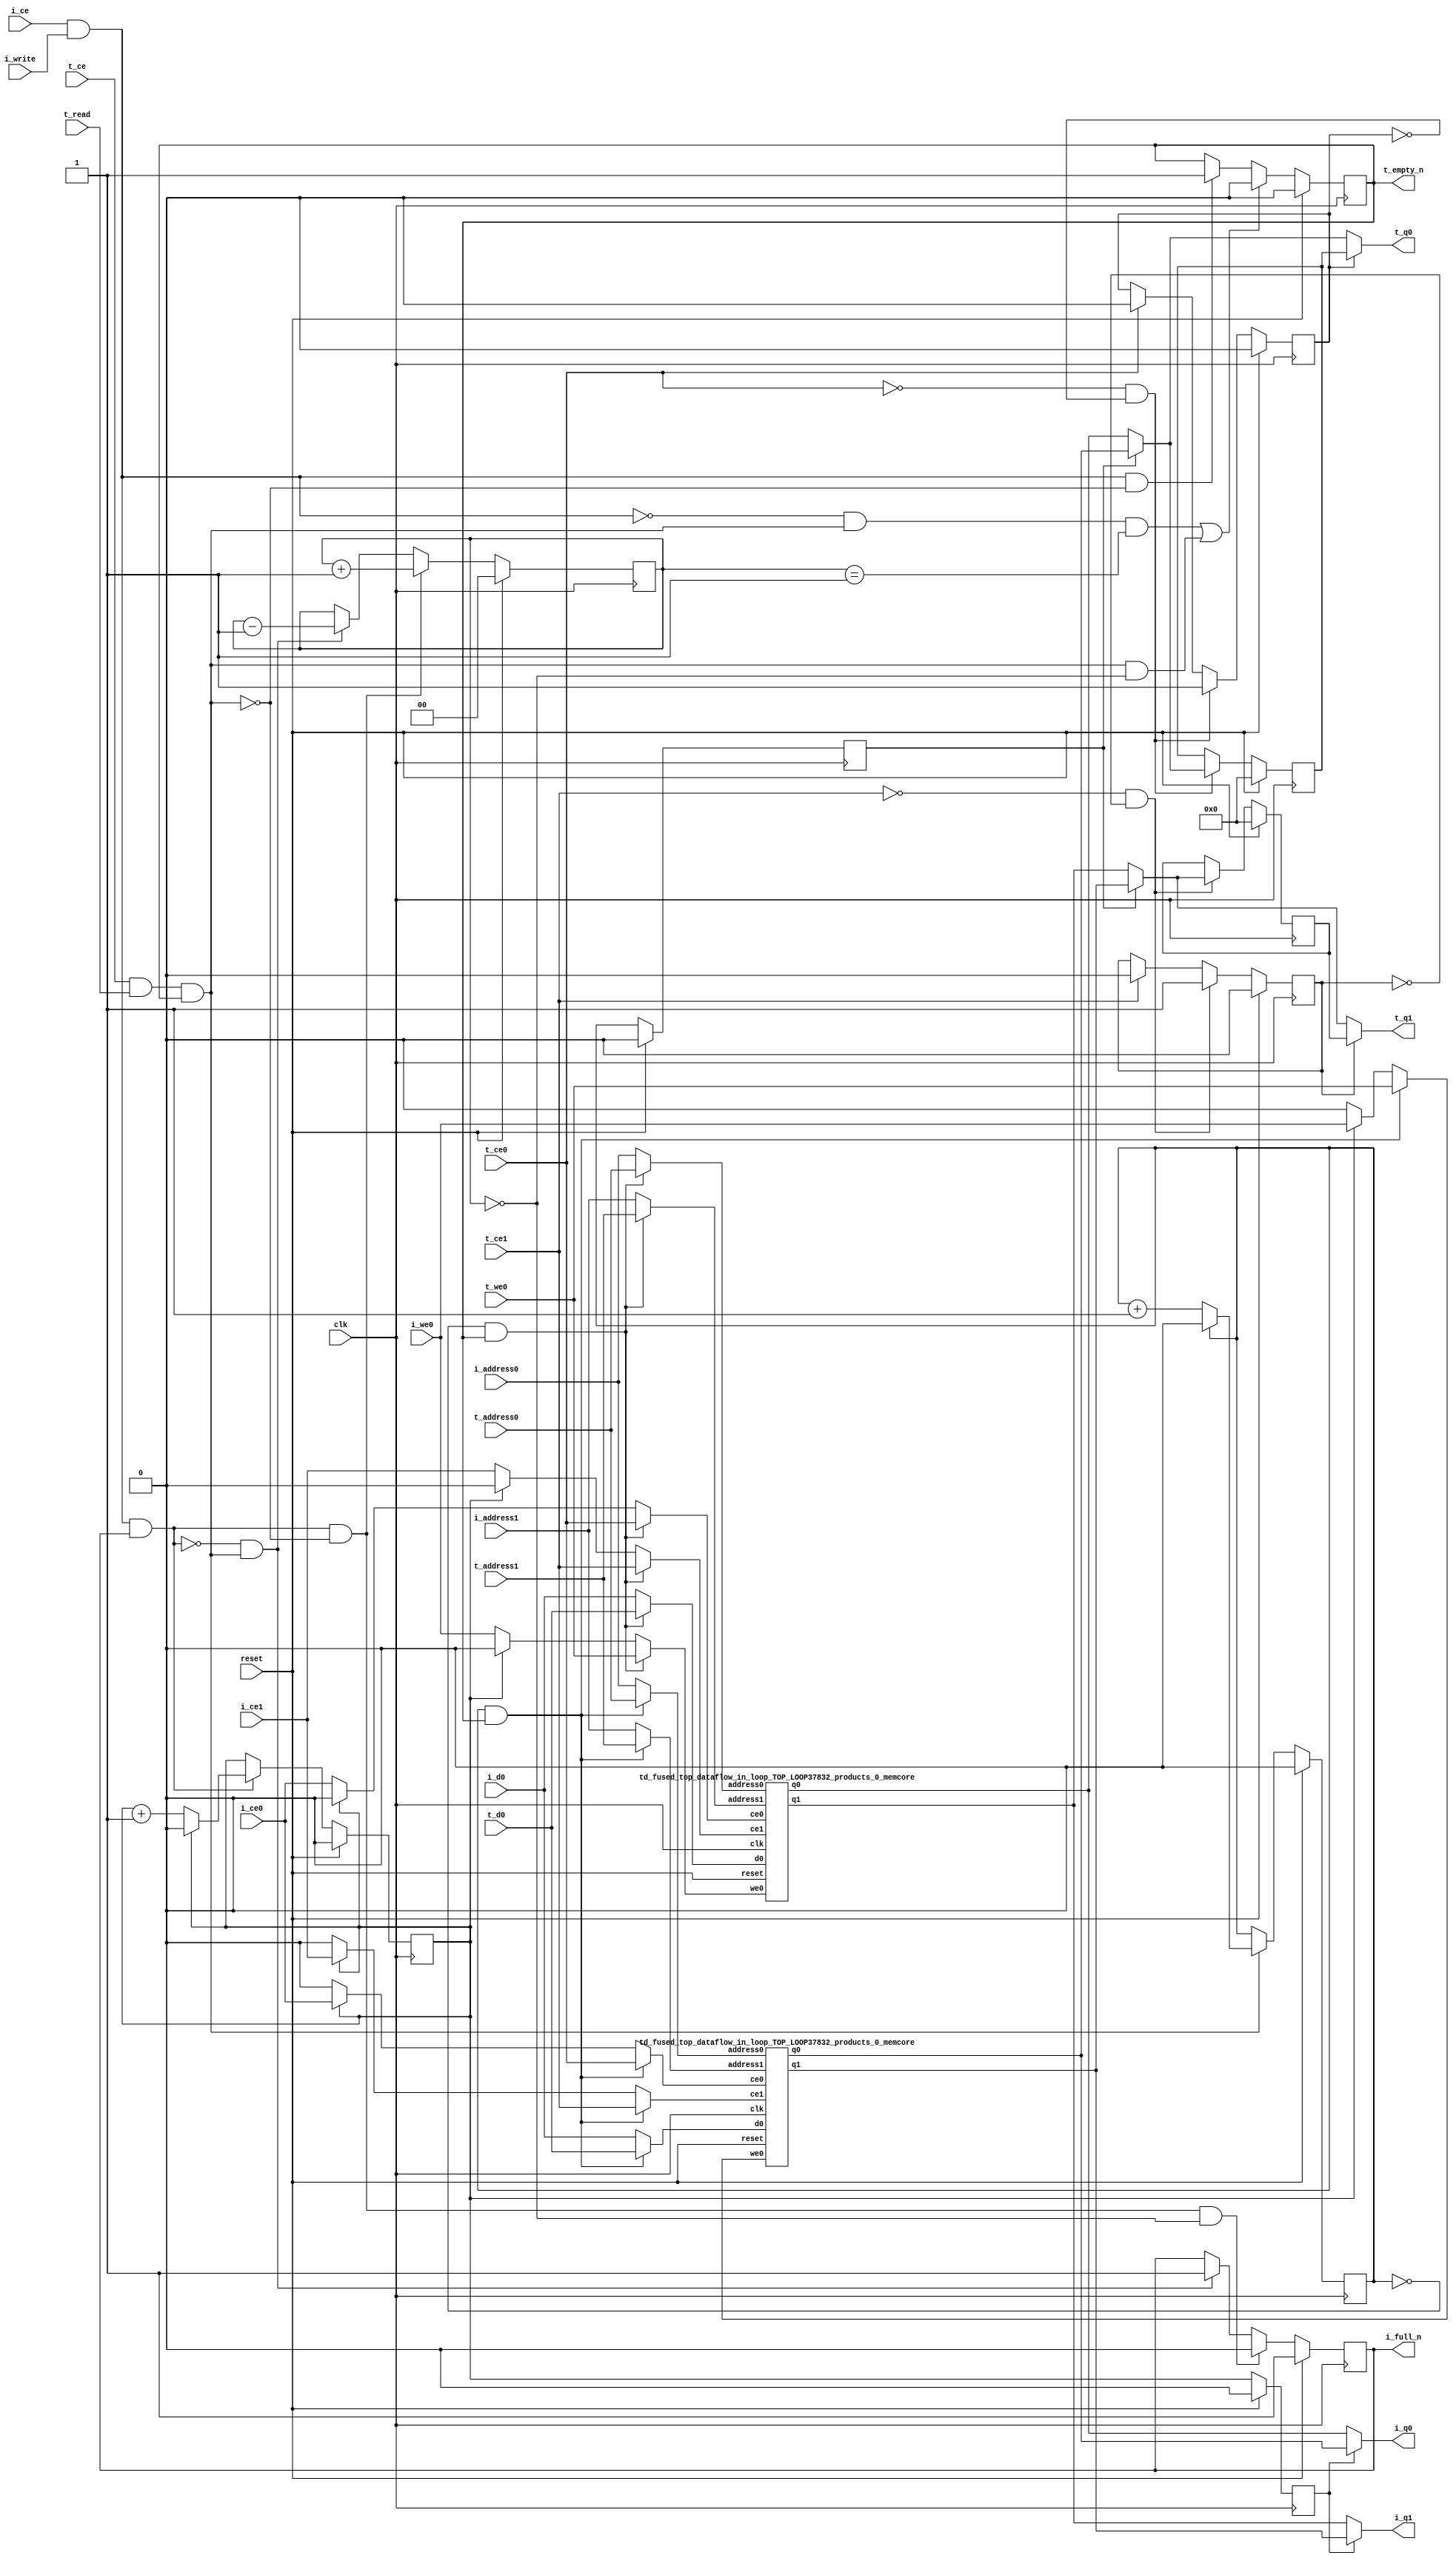
`define EXPONENT 5
`define MANTISSA 10
`define ACTUAL_MANTISSA 11
`define EXPONENT_LSB 10
`define EXPONENT_MSB 14
`define MANTISSA_LSB 0
`define MANTISSA_MSB 9
`define MANTISSA_MUL_SPLIT_LSB 3
`define MANTISSA_MUL_SPLIT_MSB 9
`define SIGN 1
`define SIGN_LOC 15
`define DWIDTH (`SIGN+`EXPONENT+`MANTISSA)
`define IEEE_COMPLIANCE 1

module td_fused_top_dataflow_in_loop_TOP_LOOP37832_products_0
#(parameter
    DataWidth    = 16,
    AddressRange = 32,
    AddressWidth = 8,
    BufferCount  = 2,
    MemLatency   = 1,
    IndexWidth   = 1
) (
    // system signals
    input  wire                    clk,
    input  wire                    reset,
    // initiator
    input  wire                    i_ce,
    input  wire                    i_write,
    output wire                    i_full_n,
    input  wire                    i_ce0,
    input  wire                    i_we0,
    input  wire [AddressWidth-1:0] i_address0,
    input  wire [DataWidth-1:0]    i_d0,
    output wire [DataWidth-1:0]    i_q0,
    input  wire                    i_ce1,
    input  wire [AddressWidth-1:0] i_address1,
    output wire [DataWidth-1:0]    i_q1,
    // target
    input  wire                    t_ce,
    input  wire                    t_read,
    output wire                    t_empty_n,
    input  wire                    t_ce0,
    input  wire                    t_we0,
    input  wire [AddressWidth-1:0] t_address0,
    input  wire [DataWidth-1:0]    t_d0,
    output wire [DataWidth-1:0]    t_q0,
    input  wire                    t_ce1,
    input  wire [AddressWidth-1:0] t_address1,
    output wire [DataWidth-1:0]    t_q1
);
//------------------------Local signal-------------------
// control/status
reg  [IndexWidth-1:0]   iptr    = 1'b0; // initiator index
reg  [IndexWidth-1:0]   tptr    = 1'b0; // target index
reg  [IndexWidth-1:0]   prev_iptr    = 1'b0; // previous initiator index
reg  [IndexWidth-1:0]   prev_tptr    = 1'b0; // previous target index
reg  [DataWidth-1:0]    reg_q0      = 1'b0; // buffer used if reader is stalled
reg                     reg_valid0    = 1'b0; // buffer has valid data
reg  [DataWidth-1:0]    reg_q1      = 1'b0; // buffer used if reader is stalled
reg                     reg_valid1    = 1'b0; // buffer has valid data
reg  [IndexWidth:0]     count   = 1'b0; // count of written buffers
reg                     full_n  = 1'b1; // whether all buffers are written
reg                     empty_n = 1'b0; // whether none of the buffers is written
wire                    push_buf;       // finish writing a buffer
wire                    write_buf;      // write a buffer
wire                    pop_buf;        // finish reading a buffer
// buffer signals
wire [BufferCount-1:0] buf_ce0;
wire [BufferCount-1:0] buf_we0;
wire [AddressWidth-1:0] buf_a0_0, buf_a0_1;
wire [DataWidth-1:0] buf_d0_0, buf_d0_1;
wire [DataWidth-1:0] buf_q0_0, buf_q0_1;
wire [BufferCount-1:0] buf_ce1;
wire [AddressWidth-1:0] buf_a1_0, buf_a1_1;
wire [DataWidth-1:0] buf_q1_0, buf_q1_1;
//------------------------Instantiation------------------
//genvar i;
        td_fused_top_dataflow_in_loop_TOP_LOOP37832_products_0_memcore td_fused_top_dataflow_in_loop_TOP_LOOP37832_products_0_memcore_U_0 (
            .reset    ( reset ),
            .clk      ( clk ),
            .address0 ( buf_a0_0 ),
            .ce0      ( buf_ce0[ 0 ] ),
            .we0      ( buf_we0[ 0 ] ),
            .d0       ( buf_d0_0 ),
            .q0       ( buf_q0_0 ),
            .address1 ( buf_a1_0 ),
            .ce1      ( buf_ce1[ 0 ] ),
            .q1       ( buf_q1_0 )
        );
        td_fused_top_dataflow_in_loop_TOP_LOOP37832_products_0_memcore td_fused_top_dataflow_in_loop_TOP_LOOP37832_products_0_memcore_U_1 (
            .reset    ( reset ),
            .clk      ( clk ),
            .address0 ( buf_a0_1 ),
            .ce0      ( buf_ce0[ 1 ] ),
            .we0      ( buf_we0[ 1 ] ),
            .d0       ( buf_d0_1 ),
            .q0       ( buf_q0_1 ),
            .address1 ( buf_a1_1 ),
            .ce1      ( buf_ce1[ 1 ] ),
            .q1       ( buf_q1_1 )
        );

//++++++++++++++++++++++++buffer signals+++++++++++++++++
        assign buf_ce0[ 0 ] = (tptr ==  0  && empty_n) ? t_ce0
                             : (iptr ==  0 ) ? i_ce0 : 1'b0;
        assign buf_a0_0  = (tptr ==  0  && empty_n) ?  t_address0 : i_address0;
        assign buf_we0[ 0 ] = (tptr ==  0  && empty_n)  ? t_we0
                             : (iptr ==  0 ) ? i_we0 : 1'b0;
        assign buf_d0_0  = (tptr ==  0  && empty_n) ? t_d0       : i_d0;
        assign buf_ce1[ 0 ] = (tptr ==  0  && empty_n) ? t_ce1
                             : (iptr ==  0 ) ? i_ce1 : 1'b0;
        assign buf_a1_0  = (tptr ==  0  && empty_n) ?  t_address1 : i_address1;
        assign buf_ce0[ 1 ] = (tptr ==  1  && empty_n) ? t_ce0
                             : (iptr ==  1 ) ? i_ce0 : 1'b0;
        assign buf_a0_1  = (tptr ==  1  && empty_n) ?  t_address0 : i_address0;
        assign buf_we0[ 1 ] = (tptr ==  1  && empty_n)  ? t_we0
                             : (iptr ==  1 ) ? i_we0 : 1'b0;
        assign buf_d0_1  = (tptr ==  1  && empty_n) ? t_d0       : i_d0;
        assign buf_ce1[ 1 ] = (tptr ==  1  && empty_n) ? t_ce1
                             : (iptr ==  1 ) ? i_ce1 : 1'b0;
        assign buf_a1_1  = (tptr ==  1  && empty_n) ?  t_address1 : i_address1;
//+++++++++++++++++++++++++++++++++++++++++++++++++++++++

//------------------------Body---------------------------
assign i_q0      = (prev_iptr == 1'b1 ? buf_q0_1 : buf_q0_0);
assign t_q0      = reg_valid0 ? reg_q0 : (prev_tptr == 1'b1 ? buf_q0_1 : buf_q0_0);
assign i_q1      = (prev_iptr == 1'b1 ? buf_q1_1 : buf_q1_0);
assign t_q1      = reg_valid1 ? reg_q1 : (prev_tptr == 1'b1 ? buf_q1_1 : buf_q1_0);

//++++++++++++++++++++++++output+++++++++++++++++++++++++
assign i_full_n  = full_n;
assign t_empty_n = empty_n;
//+++++++++++++++++++++++++++++++++++++++++++++++++++++++

//++++++++++++++++++++++++control/status+++++++++++++++++
assign push_buf = i_ce & i_write & full_n;
assign write_buf = i_ce & i_write;
assign pop_buf  = t_ce & t_read & empty_n;

// iptr
always @(posedge clk) begin
    if (reset == 1'b1)
        iptr <= 1'b0;
    else if (push_buf) begin
        if (iptr == BufferCount - 1'b1)
            iptr <= 1'b0;
        else
            iptr <= iptr + 1'b1;
    end
end

// tptr
always @(posedge clk) begin
    if (reset == 1'b1)
        tptr <= 1'b0;
    else if (pop_buf) begin
        if (tptr == BufferCount - 1'b1)
            tptr <= 1'b0;
        else
            tptr <= tptr + 1'b1;
    end
end

// prev_iptr
always @(posedge clk) begin
    if (reset == 1'b1)
        prev_iptr <= 1'b0;
    else begin
        prev_iptr <= iptr;
    end
end

// prev_tptr
always @(posedge clk) begin
    if (reset == 1'b1)
        prev_tptr <= 1'b0;
    else begin
        prev_tptr <= tptr;
    end
end

// reg_q0 and reg_valid0
always @(posedge clk) begin
    if (reset == 1'b1) begin
        reg_q0     <= 1'b0;
        reg_valid0 <= 1'b0;
    end else if (!t_ce0 && !reg_valid0) begin
        reg_q0     <= (prev_tptr == 1'b1 ? buf_q0_1 : buf_q0_0);
        reg_valid0 <= 1'b1;
    end else if (t_ce0) begin
        reg_valid0 <= 1'b0;
    end
end

// reg_q1 and reg_valid1
always @(posedge clk) begin
    if (reset == 1'b1) begin
        reg_q1     <= 1'b0;
        reg_valid1 <= 1'b0;
    end else if (!t_ce1 && !reg_valid1) begin
        reg_q1     <= (prev_tptr == 1'b1 ? buf_q1_1 : buf_q1_0);
        reg_valid1 <= 1'b1;
    end else if (t_ce1) begin
        reg_valid1 <= 1'b0;
    end
end

// count
always @(posedge clk) begin
    if (reset == 1'b1)
        count <= 1'b0;
    else if (push_buf && !pop_buf)
        count <= count + 1'b1;
    else if (!push_buf && pop_buf)
        count <= count - 1'b1;
end

// full_n
always @(posedge clk) begin
    if (reset == 1'b1)
        full_n <= 1'b1;
    else if (push_buf && !pop_buf && count == BufferCount - 2'd2)
        full_n <= 1'b0;
    else if (!push_buf && pop_buf)
        full_n <= 1'b1;
end

// empty_n
always @(posedge clk) begin
    if (reset == 1'b1)
        empty_n <= 1'b0;
    else if ((!write_buf && pop_buf && count == 1'b1)
             || (pop_buf && count == 1'b0))
        empty_n <= 1'b0;
    else if (write_buf && !pop_buf)
        empty_n <= 1'b1;
end
//+++++++++++++++++++++++++++++++++++++++++++++++++++++++

endmodule
module td_fused_top_dataflow_in_loop_TOP_LOOP37832_products_0_memcore(
    reset,
    clk,
    address0,
    ce0,
    we0,
    d0,
    q0,
    address1,
    ce1,
    q1);

parameter DataWidth = 32'd16;
parameter AddressRange = 32'd144;
parameter AddressWidth = 32'd8;
input reset;
input clk;
input[AddressWidth - 1:0] address0;
input ce0;
input we0;
input[DataWidth - 1:0] d0;
output[DataWidth - 1:0] q0;
input[AddressWidth - 1:0] address1;
input ce1;
output[DataWidth - 1:0] q1;



td_fused_top_dataflow_in_loop_TOP_LOOP37832_products_0_memcore_ram td_fused_top_dataflow_in_loop_TOP_LOOP37832_products_0_memcore_ram_U(
    .clk( clk ),
    .addr0( address0 ),
    .ce0( ce0 ),
    .we0( we0 ),
    .d0( d0 ),
    .q0( q0 ),
    .addr1( address1 ),
    .ce1( ce1 ),
    .q1( q1 )
);

endmodule
module td_fused_top_dataflow_in_loop_TOP_LOOP37832_products_0_memcore_ram (addr0, ce0, d0, we0, q0, addr1, ce1, q1,  clk);

parameter DWIDTH = 16;
parameter AWIDTH = 8;
parameter MEM_SIZE = 144;

input[AWIDTH-1:0] addr0;
input ce0;
input[DWIDTH-1:0] d0;
input we0;
output reg[DWIDTH-1:0] q0;
input[AWIDTH-1:0] addr1;
input ce1;
output reg[DWIDTH-1:0] q1;
input clk;

reg [DWIDTH-1:0] ram[MEM_SIZE-1:0];




always @(posedge clk)  
begin 
    if (ce0) begin
        if (we0) 
            ram[addr0] <= d0; 
        q0 <= ram[addr0];
    end
end


always @(posedge clk)  
begin 
    if (ce1) begin
        q1 <= ram[addr1];
    end
end


endmodule